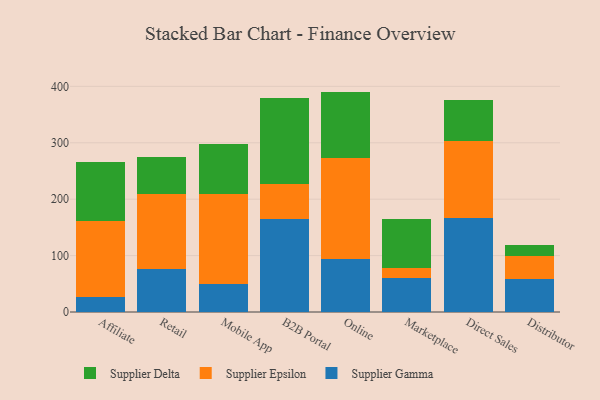
{"axis": {"x": "Channel", "y": "Headcount"}, "legend": ["Supplier Delta", "Supplier Epsilon", "Supplier Gamma"], "data": [{"x": "Affiliate", "y": 26.4, "type": "Supplier Gamma"}, {"x": "Affiliate", "y": 134.1, "type": "Supplier Epsilon"}, {"x": "Affiliate", "y": 105.0, "type": "Supplier Delta"}, {"x": "Retail", "y": 75.4, "type": "Supplier Gamma"}, {"x": "Retail", "y": 133.4, "type": "Supplier Epsilon"}, {"x": "Retail", "y": 65.8, "type": "Supplier Delta"}, {"x": "Mobile App", "y": 50.3, "type": "Supplier Gamma"}, {"x": "Mobile App", "y": 158.8, "type": "Supplier Epsilon"}, {"x": "Mobile App", "y": 88.7, "type": "Supplier Delta"}, {"x": "B2B Portal", "y": 164.9, "type": "Supplier Gamma"}, {"x": "B2B Portal", "y": 62.8, "type": "Supplier Epsilon"}, {"x": "B2B Portal", "y": 151.9, "type": "Supplier Delta"}, {"x": "Online", "y": 93.4, "type": "Supplier Gamma"}, {"x": "Online", "y": 179.3, "type": "Supplier Epsilon"}, {"x": "Online", "y": 118.0, "type": "Supplier Delta"}, {"x": "Marketplace", "y": 60.3, "type": "Supplier Gamma"}, {"x": "Marketplace", "y": 17.0, "type": "Supplier Epsilon"}, {"x": "Marketplace", "y": 87.1, "type": "Supplier Delta"}, {"x": "Direct Sales", "y": 167.0, "type": "Supplier Gamma"}, {"x": "Direct Sales", "y": 136.3, "type": "Supplier Epsilon"}, {"x": "Direct Sales", "y": 73.3, "type": "Supplier Delta"}, {"x": "Distributor", "y": 58.7, "type": "Supplier Gamma"}, {"x": "Distributor", "y": 41.1, "type": "Supplier Epsilon"}, {"x": "Distributor", "y": 18.4, "type": "Supplier Delta"}]}